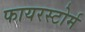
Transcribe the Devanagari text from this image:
फायरस्टोर्म